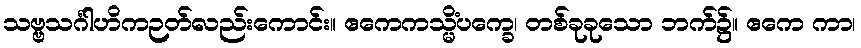
သဗ္ဗသင်္ဂါဟိကဉတ်လည်းကောင်း။ ဧကေကသ္မိံပက္ခေ၊ တစ်ခုခုသော ဘက်၌။ ဧကေ ကာ၊